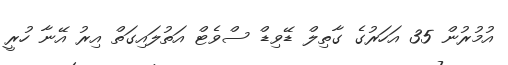
އުމުރުން 35 އަހަރުގެ ގާތިލް ޑޭވިޑް ސްވެޓް އަތުލައިގަތް އިރު އޭނާ ހުރީ